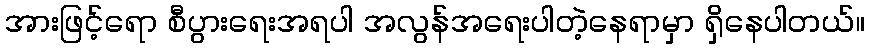
အားဖြင့်ရော စီပွားရေးအရပါ အလွန်အရေးပါတဲ့နေရာမှာ ရှိနေပါတယ်။